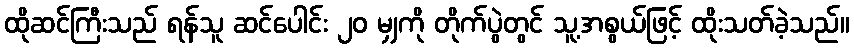
ထိုဆင်ကြီးသည် ရန်သူ ဆင်ပေါင်း ၂၀ မျှကို တိုက်ပွဲတွင် သူ့အစွယ်ဖြင့် ထိုးသတ်ခဲ့သည်။